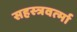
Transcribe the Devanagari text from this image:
सहस्‍त्रवर्त्‍मा